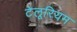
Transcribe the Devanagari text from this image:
टेलूरियम